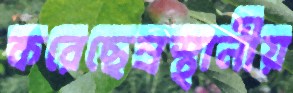
করেছেন্রস্থানীয়